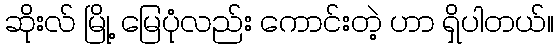
ဆိုးလ် မြို့ မြေပုံလည်း ကောင်းတဲ့ ဟာ ရှိပါတယ်။